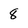
Character: 8